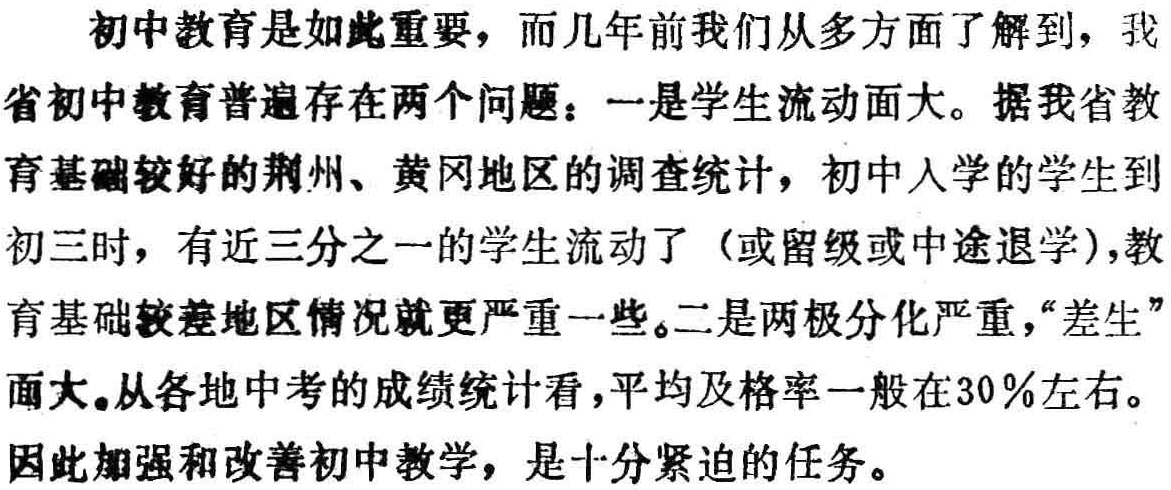
初中教育是如此重要，而几年前我们从多方面了解到，我省初中教育普遍存在两个问题：一是学生流动面大。据我省教育基础较好的荆州、黄冈地区的调查统计，初中入学的学生到初三时，有近三分之一的学生流动了（或留级或中途退学），教育基础较差地区情况就更严重一些。二是两极分化严重，“差生”面大。从各地中考的成绩统计看，平均及格率一般在30％左右。因此加强和改善初中教学，是十分紧迫的任务。